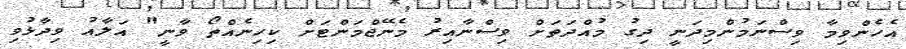
އެހެންވިމާ ވިސްނަމުންމިދަނީ ދިގު މުއްދަތަށް ވިސްނާއިރު މެނޭޖްމަންޓަށް ކިހިނެއްތޯ ވާނީ" އަލާއު ވިދާޅުވި